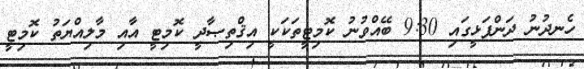
ހެނދުނު ދަންފަޅީގައި 9:30 ބޭއްވުނު ކޮމިޓީތަކަކީ އިޤްތިޞާދީ ކޮމިޓީ އާއި މާލިއްޔަތު ކޮމިޓީ